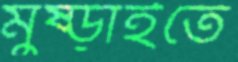
মুষ্‌ড়াইতে